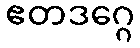
ဧတဒဂ္ဂေ